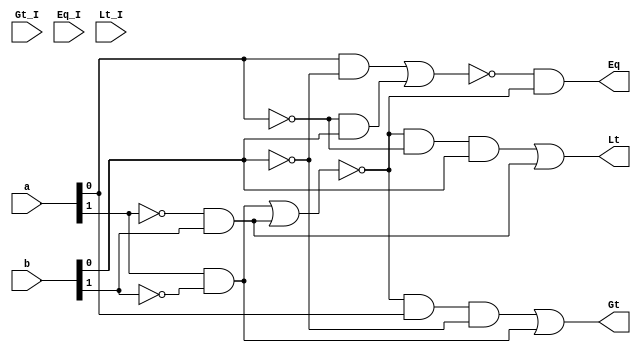
// _2

module comparator_2(Gt_I,Eq_I,Lt_I, a, b, Gt, Eq, Lt);
	input	[1:0]	a; 
	input	[1:0]	b; 
	input		Gt_I;
	input		Eq_I;
	input		Lt_I;

	output		Gt;
	output		Eq;
	output		Lt;
                                     //xnor                                  
	 assign Gt = ~(a[1] & ~b[1] | ~a[1] & b[1]) & a[0] & ~b[0] | a[1] & ~b[1];
	 assign Eq = ~(a[0] & ~b[0] | ~a[0] & b[0]) & ~(a[1] & ~b[1] | ~a[1] & b[1]);
	 assign Lt = ~(a[1] & ~b[1] | ~a[1] & b[1]) & ~a[0] & b[0] | ~a[1] & b[1];
            
endmodule




//   4 
module comparator_4(Gt_I, Eq_I, Lt_I, a, b, Gt, Eq, Lt);
	input	[3:0]	a; 
	input	[3:0]	b; 
            input		Gt_I;
            input		Eq_I;
            input		Lt_I;

	output		Gt;
	output		Eq;
	output		Lt;

	wire		Gt1, Eq1, Lt1, Gt2, Eq2, Lt2 ; 

            comparator_2 u1(Gt_I, Eq_I, Lt_I, a[3:2], b[3:2], Gt2, Eq2, Lt2);
	comparator_2 u2(Gt_I, Eq_I, Lt_I, a[1:0], b[1:0], Gt1, Eq1, Lt1);                            

endmodule